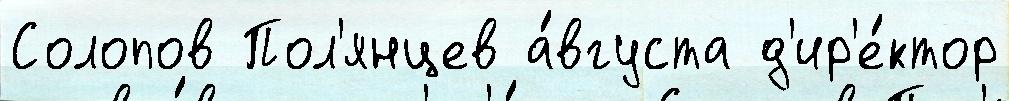
Солопов Пол'янцев а́вгуста д'ир'е́ктор